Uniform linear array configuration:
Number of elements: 4
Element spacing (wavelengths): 0.5
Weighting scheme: cosine
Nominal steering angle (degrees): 45
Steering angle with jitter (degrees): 44.601
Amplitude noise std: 0.05
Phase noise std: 0.05

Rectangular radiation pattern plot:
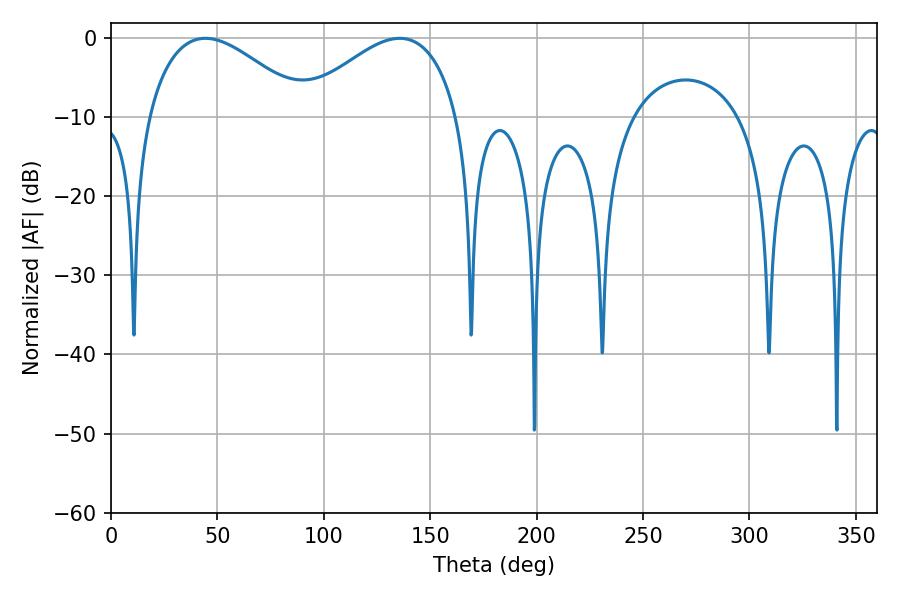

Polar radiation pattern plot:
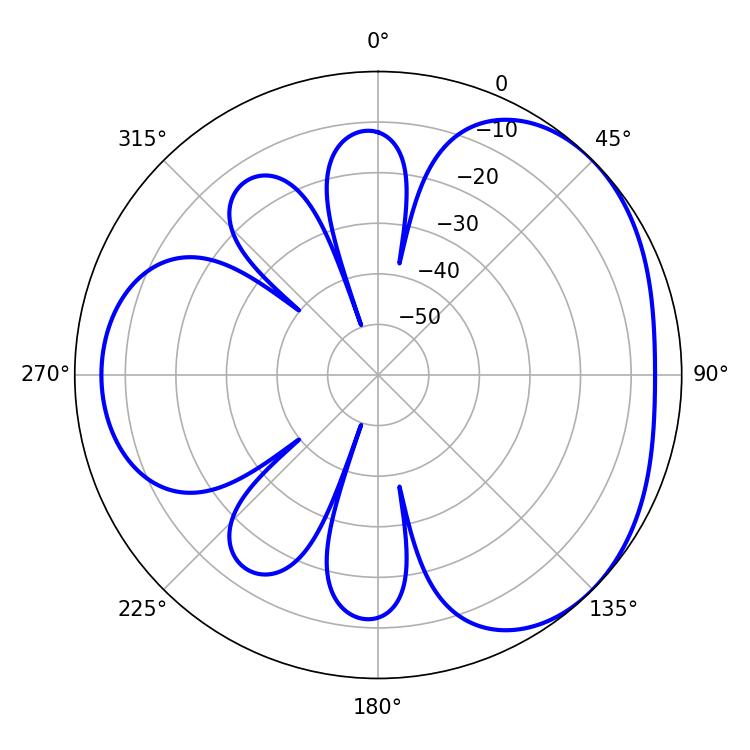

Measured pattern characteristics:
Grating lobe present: FALSE
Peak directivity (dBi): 3.383
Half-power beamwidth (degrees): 40.86
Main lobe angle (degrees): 44.28